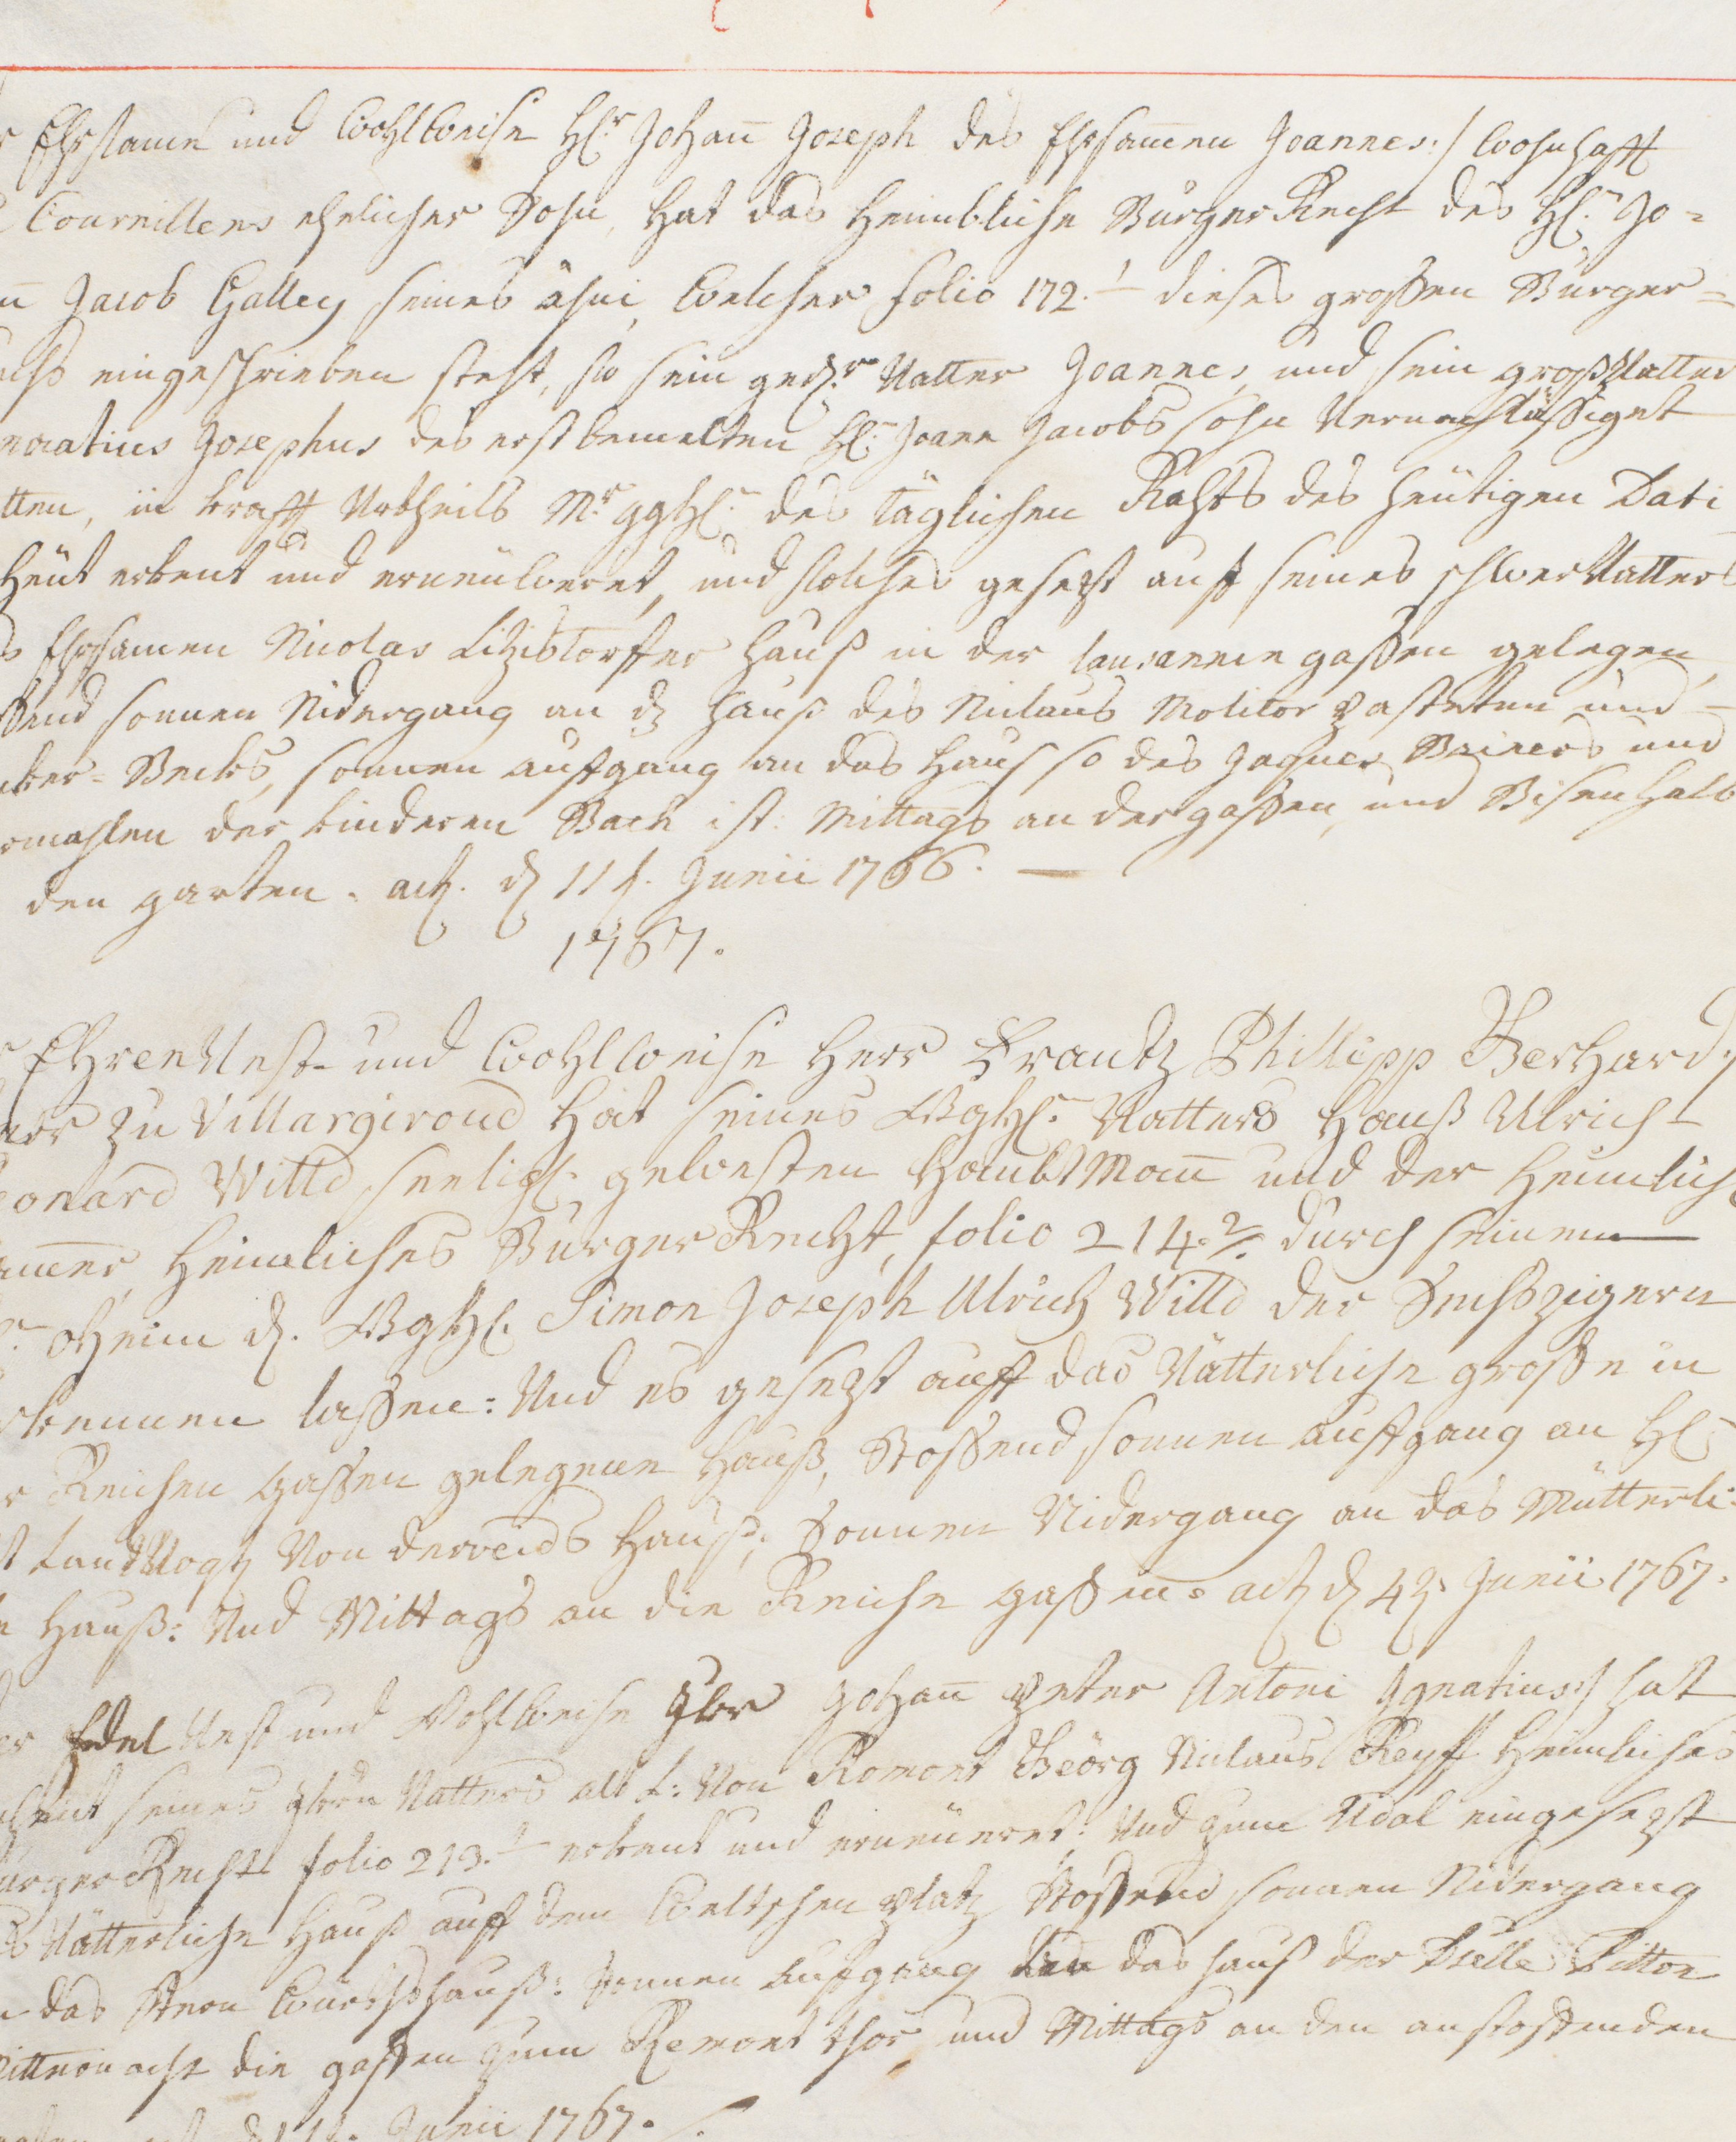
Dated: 1416–1769